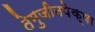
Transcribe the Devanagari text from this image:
तेमुजीनपेक्षा